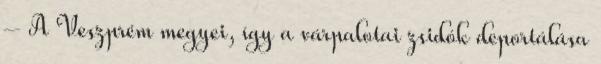
– A Veszprém megyei, így a várpalotai zsidók deportálása